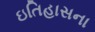
ઇતિહાસના